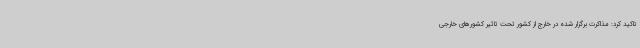
تاکید کرد: مذاکرت برگزار شده در خارج از کشور تحت تاثیر کشورهای خارجی